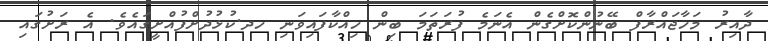
ދާއިރު މަހާޖައްރާފް ބޭނުންކޮށްގެން އެނަމެ ފުރަތަމަ ބިން ހިއްކާފައިވަނި ހދ.ކުޅުދުށްފުއްށީގައެވެ. އެ ރަށުގައި